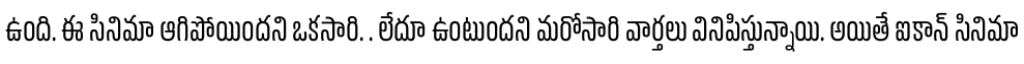
ఉంది. ఈ సినిమా ఆగిపోయిందని ఒకసారి. . లేదూ ఉంటుందని మరోసారి వార్తలు వినిపిస్తున్నాయి. అయితే ఐకాన్ సినిమా